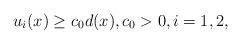
LaTeX: \begin{align*}u_{i}(x)\geq c_{0}d(x),c_{0}>0,i=1,2,\end{align*}